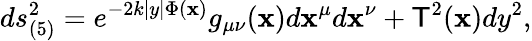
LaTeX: ds_{(5)}^{2}=e^{-2k|y|\Phi(\mathbf{x})}g_{\mu\nu}(\mathbf{x})d\mathbf{x}^{\mu}d\mathbf{x}^{\nu}+\mathsf{T}^{2}(\mathbf{x})dy^{2},